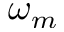
\omega _ { m }